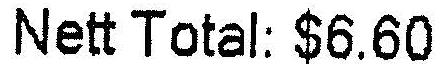
NETT TOTAL: $6.60